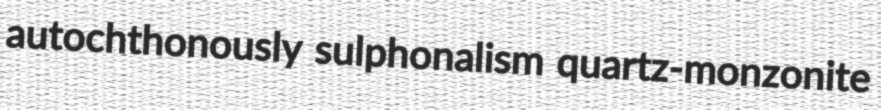
autochthonously sulphonalism quartz-monzonite